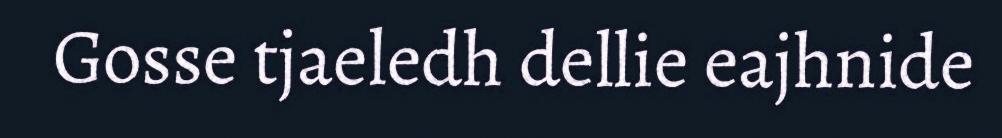
Gosse tjaeledh dellie eajhnide